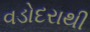
વડોદરાથી